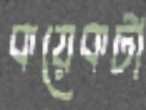
কয়েকটা